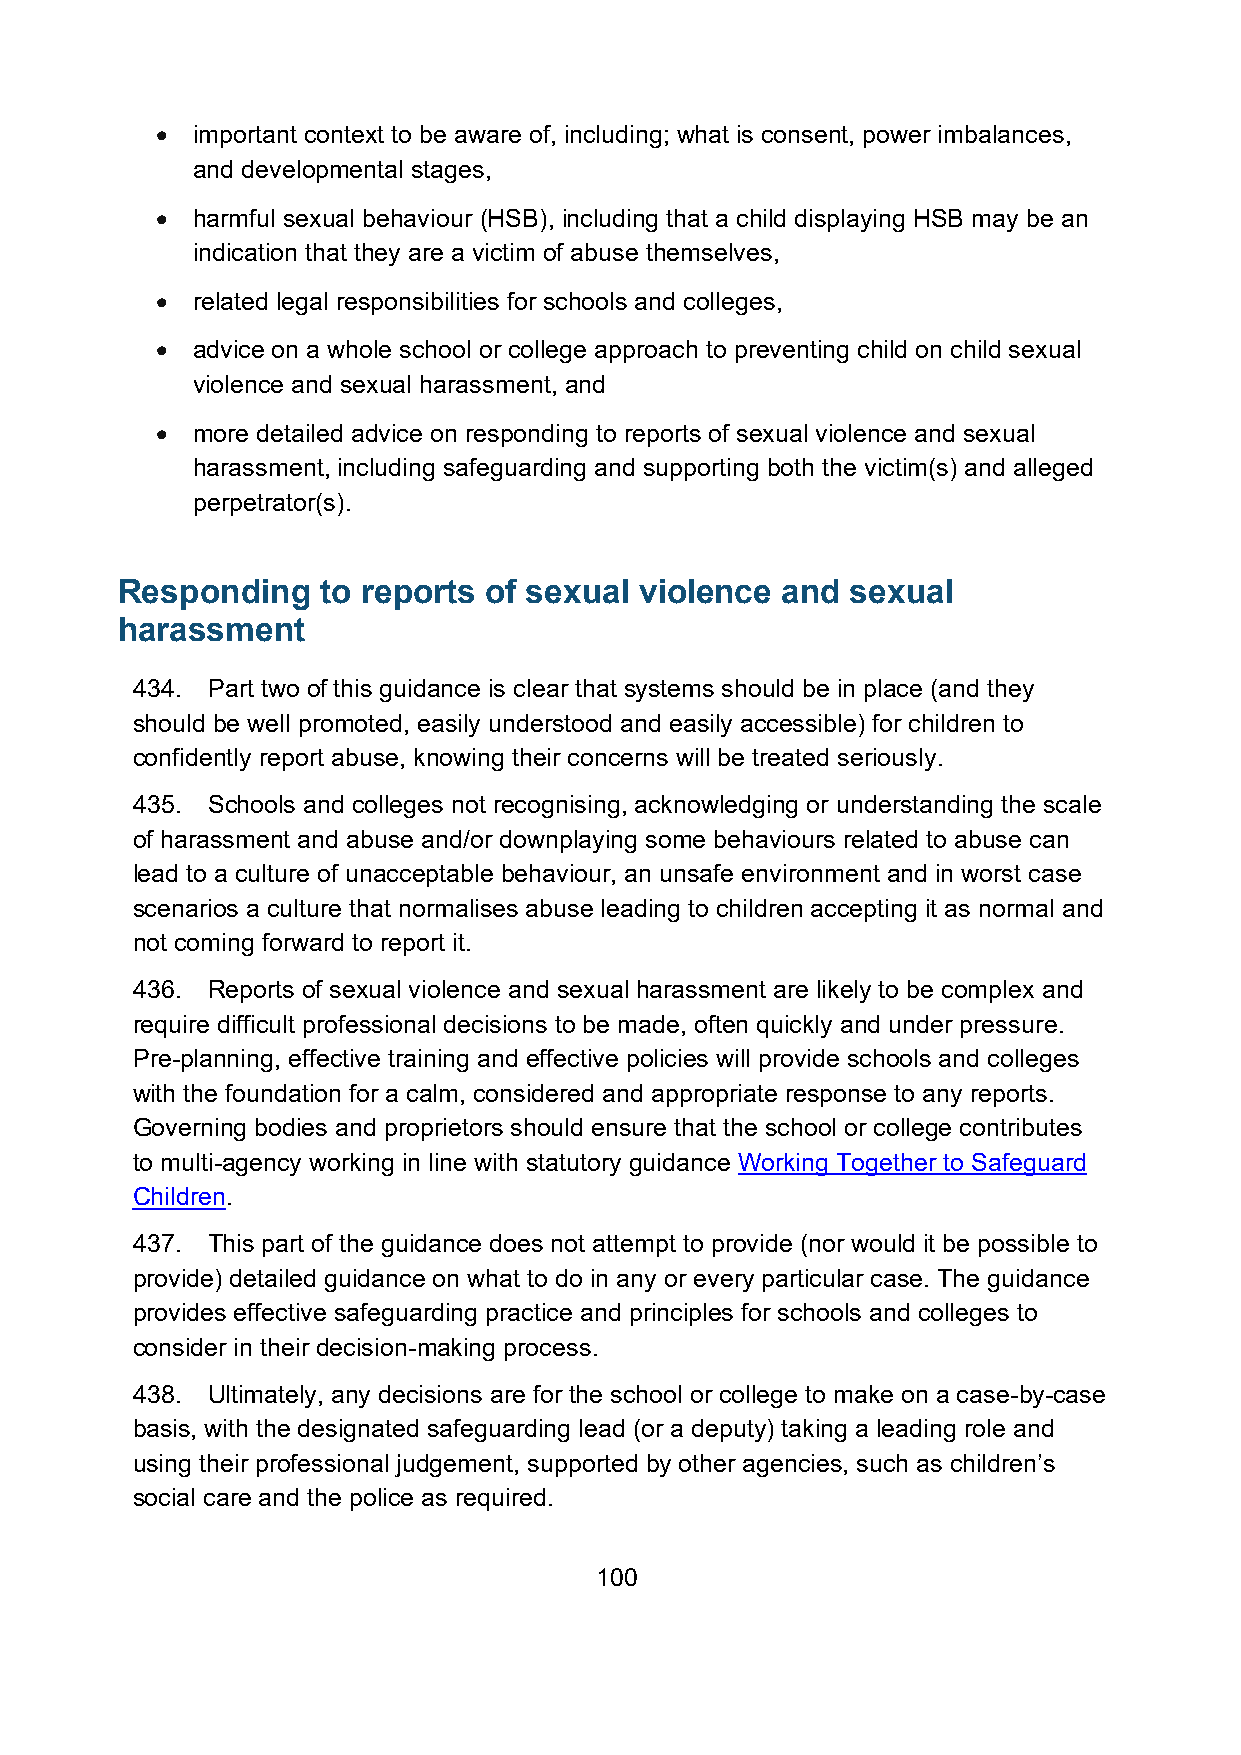
•  important context to be aware of, including; what is consent, power imbalances,
 and developmental stages,
 •  harmful sexual behaviour (HSB), including that a child displaying HSB may be an
 indication that they are a victim of abuse themselves,
 •  related legal responsibilities for schools and colleges,
 •  advice on a whole school or college approach to preventing child on child sexual
 violence and sexual harassment, and
 •  more detailed advice on responding to reports of sexual violence and sexual
 harassment, including safeguarding and supporting both the victim(s) and alleged
 perpetrator(s).
 Responding   to reports of sexual violence  and sexual
 harassment
 434. Part two of this guidance is clear that systems should be in place (and they
 should be well promoted, easily understood and easily accessible) for children to
 confidently report abuse, knowing their concerns will be treated seriously.
 435. Schools and colleges not recognising, acknowledging or understanding the scale
 of harassment and abuse and/or downplaying some behaviours related to abuse can
 lead to a culture of unacceptable behaviour, an unsafe environment and in worst case
 scenarios a culture that normalises abuse leading to children accepting it as normal and
 not coming forward to report it.
 436. Reports of sexual violence and sexual harassment are likely to be complex and
 require difficult professional decisions to be made, often quickly and under pressure.
 Pre-planning, effective training and effective policies will provide schools and colleges
 with the foundation for a calm, considered and appropriate response to any reports.
 Governing bodies and proprietors should ensure that the school or college contributes
 to multi-agency working in line with statutory guidance Working Together to Safeguard
 Children.
 437. This part of the guidance does not attempt to provide (nor would it be possible to
 provide) detailed guidance on what to do in any or every particular case. The guidance
 provides effective safeguarding practice and principles for schools and colleges to
 consider in their decision-making process.
 438. Ultimately, any decisions are for the school or college to make on a case-by-case
 basis, with the designated safeguarding lead (or a deputy) taking a leading role and
 using their professional judgement, supported by other agencies, such as children’s
 social care and the police as required.
 100